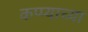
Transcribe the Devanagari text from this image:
कप्प्याच्या